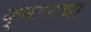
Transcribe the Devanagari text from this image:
क्षाराचा